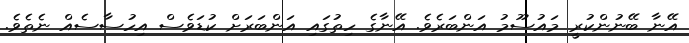
އޭނާ ބޭނުންކުރީ މައުސޫމު އަންބަރެވެ. އޭނާގެ ހިތުގައި އަންބަރަށް ކުޑަވެސް އިހުސާސެއް ނެތެވެ.